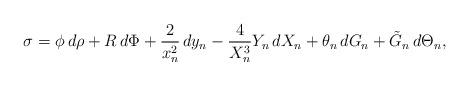
LaTeX: \begin{align*}\sigma = \phi\, d\rho + R\, d\Phi +\frac{2}{x_n^2} \,dy_n - \frac{4}{X_n^3} Y_n \,dX_n+\theta_n\, dG_n + \tilde G_n \, d\Theta_n,\end{align*}